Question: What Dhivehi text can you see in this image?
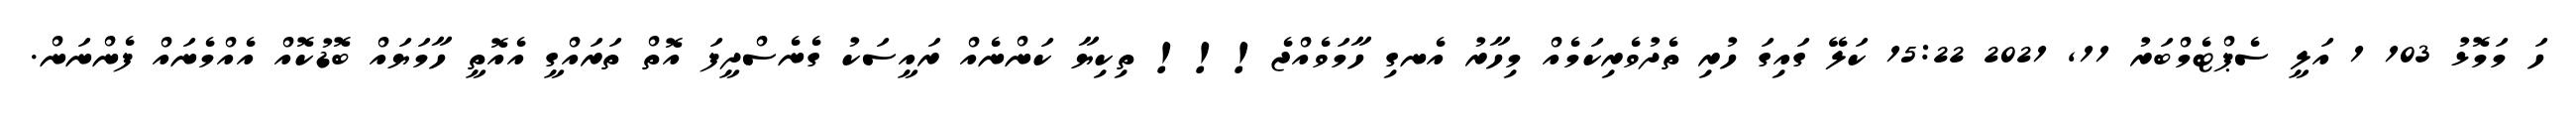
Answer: ހަ މަމޮޅު 103 1 އަލީ ސެޕްޓެމްބަރު 11, 2021 15:22 ކަލޭ ގައިގަ ހުރި ތެދުވެރިކަމެއް މިހާރު އެނގި ހާމަވެއްޖެ!!! ތިކިޔާ ކަންނެއް ރައީސަކު ގެނެސްދީފަ އޮތް ތަރައްގީ އެއޮތީ ހާމަޔައް ބޮޑުކޮއް އެއްމެނައް ފެންނަން.